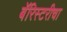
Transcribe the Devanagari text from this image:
बॅरिस्टरीचा